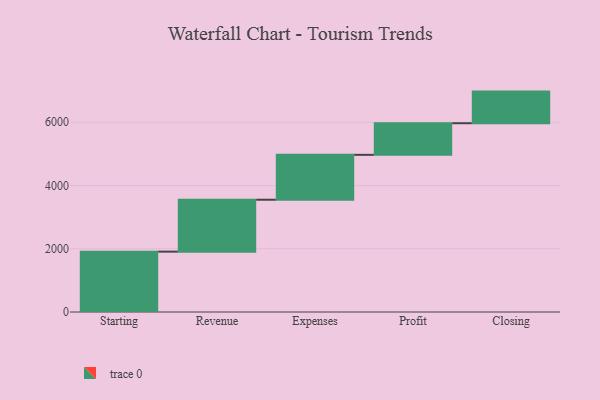
{"axis": {"x": "Step", "y": "Value"}, "legend": [""], "data": [{"x": "Starting", "y": 1909.0, "type": ""}, {"x": "Revenue", "y": 1641.0, "type": ""}, {"x": "Expenses", "y": 1420.0, "type": ""}, {"x": "Profit", "y": 1000, "type": ""}, {"x": "Closing", "y": 1000, "type": ""}]}